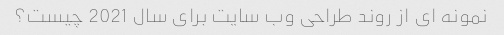
نمونه ای از روند طراحی وب سایت برای سال 2021 چیست؟